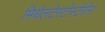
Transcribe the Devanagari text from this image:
मिथेलटेस्टोस्टेरोन